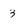
Character: 3